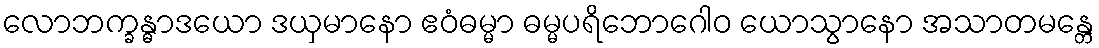
လောဘက္ခန္ဓာဒယော ဒယှမာနော ဧဝံဓမ္မာ ဓမ္မပရိဘောဂေါဝ ယောသွာနော အသာတမန္တေ